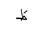
Letter: _da